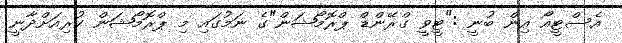
އެސްޓީއޯ އިން ބުނީ :"ޓީވީ ގްރޭންޑް ޕްރޮމޯޝަން"ގެ ނަމުގައި މި ޕްރޮމޯޝަން ކުރިއަށްދާނީ